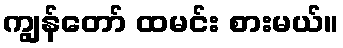
ကျွန်တော် ထမင်း စားမယ်။